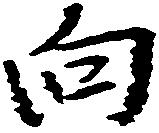
向